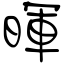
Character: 暉